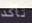
تأكد